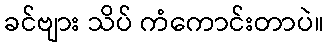
ခင်ဗျား သိပ် ကံကောင်းတာပဲ။